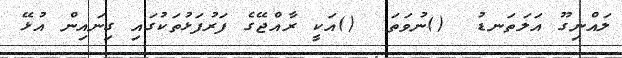
ލައްނިގޫ އަލަތަނޑު  ()ނުވަތަ  ()އަކީ ރާއްޖޭގެ ފަރުފަޅުތަކުގައި ގިނައިން އުޅޭ